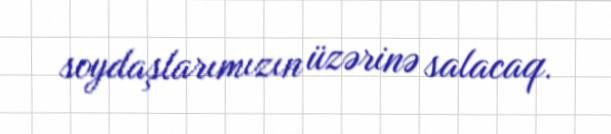
soydaşlarımızın üzərinə salacaq.